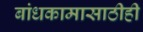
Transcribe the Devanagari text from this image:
बांधकामासाठीही